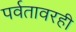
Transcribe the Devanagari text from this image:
पर्वतावरही